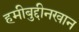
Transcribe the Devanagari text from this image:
हमीबुद्दीनखान